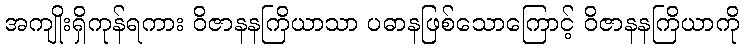
အကျိုးရှိကုန်ရကား ဝိဇာနနကြိယာသာ ပဓာနဖြစ်သောကြောင့် ဝိဇာနနကြိယာကို